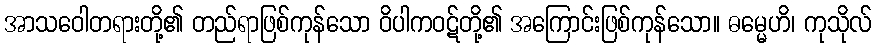
အာသဝေါတရားတို့၏ တည်ရာဖြစ်ကုန်သော ဝိပါကဝဋ်တို့၏ အကြောင်းဖြစ်ကုန်သော။ ဓမ္မေဟိ၊ ကုသိုလ်